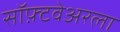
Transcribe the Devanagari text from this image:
सॉफ़्टवेअरला